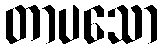
တာပသော